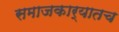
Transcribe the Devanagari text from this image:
समाजकार्यातच